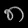
Digit: ၈